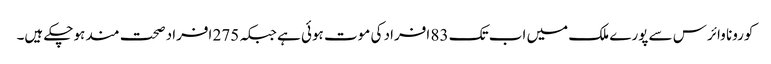
کورونا وائرس سے پورے ملک میں اب تک 83 افراد کی موت ہوئی ہے جبکہ 275 افراد صحت مند ہوچکے ہیں۔